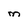
Character: M